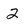
Character: 2